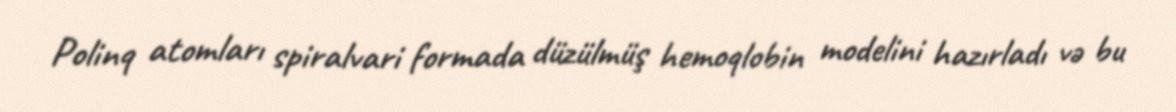
Polinq atomları spiralvari formada düzülmüş hemoqlobin modelini hazırladı və bu